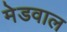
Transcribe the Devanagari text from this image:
मेडवाल